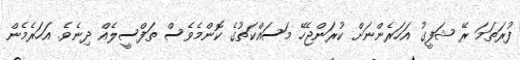
ފުރަތަމަ ރޭ ޝަފީގު އަހަރެންނަށް ކުރަންޖެހޭ މަސައްކަތުގެ ކޮންމެވެސް ތަފްސީލެއް ދިނެވެ. އަހަރެމެން